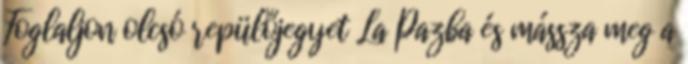
Foglaljon olcsó repülőjegyet La Pazba és mássza meg a